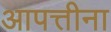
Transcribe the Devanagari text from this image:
आपत्तीना